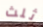
ثلث